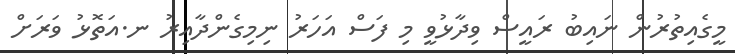
މީގެއިތުރުން ނައިބު ރައީސް ވިދާޅުވީ މި ފަސް އަހަރު ނިމިގެންދާއިރު ނ.އަތޮޅު ވަރަށް